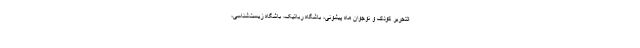
التحریر کودک و نوجوان ماه پیشونی، باشگاه رباتیک، باشگاه زیست‌شناسی،